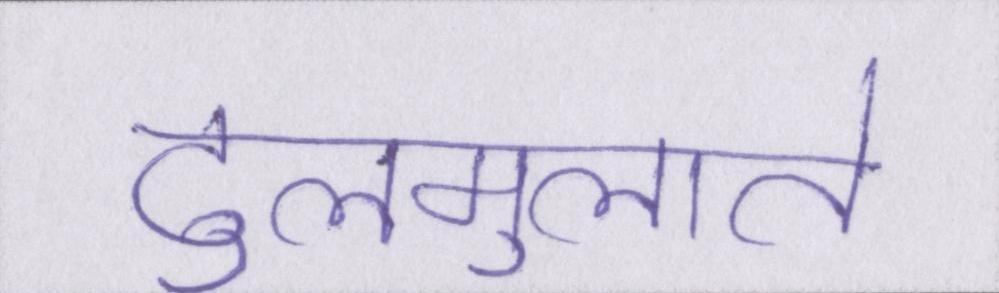
ढुलमुलाते